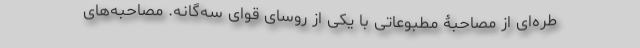
طره‌ای از مصاحبۀ‌ مطبوعاتی با یکی از روسای قوای سه‌گانه. مصاحبه‌های